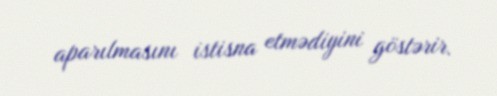
aparılmasını istisna etmədiyini göstərir.